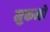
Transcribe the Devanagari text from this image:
मुकमो